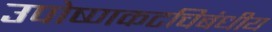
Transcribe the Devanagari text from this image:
उपोष्णकटचिबंधीय